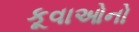
કૂવાઓનો